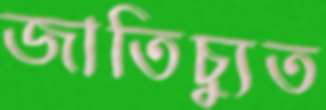
জাতিচ্যুত